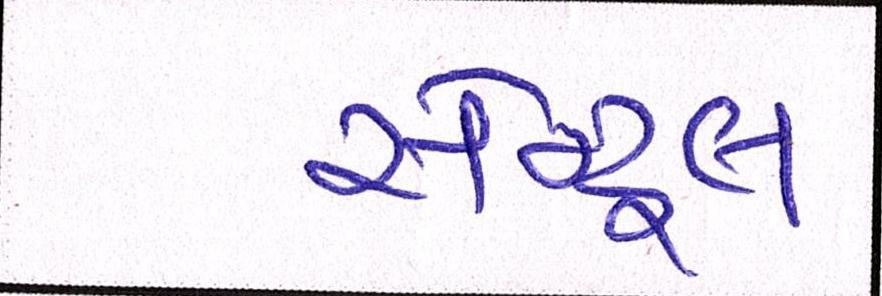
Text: સેન્ટ્રલ